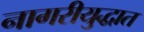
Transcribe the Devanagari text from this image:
नागरीयुद्धात